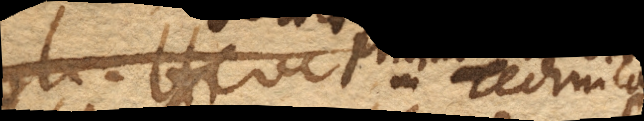
deinde in Technica